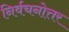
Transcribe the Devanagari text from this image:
निर्वचनोत्तर